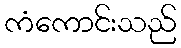
ကံကောင်းသည်